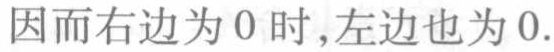
因而右边为 0 时,左边也为 0.